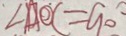
\angle A O C = 9 0 ^ { \circ }